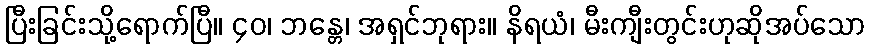
ပြီးခြင်းသို့ရောက်ပြီ။ ၄၀၊ ဘန္တေ၊ အရှင်ဘုရား။ နိရယံ၊ မီးကျီးတွင်းဟုဆိုအပ်သော